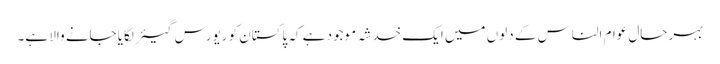
بہرحال عوام الناس کے دلوں میں ایک خدشہ موجود ہے کہ پاکستان کو ریورس گیئر لگایا جانے والا ہے۔